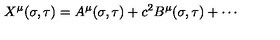
X ^ { \mu } ( { \sigma } , { \tau } ) = A ^ { \mu } ( { \sigma } , { \tau } ) + c ^ { 2 } B ^ { \mu } ( { \sigma } , { \tau } ) + \cdots